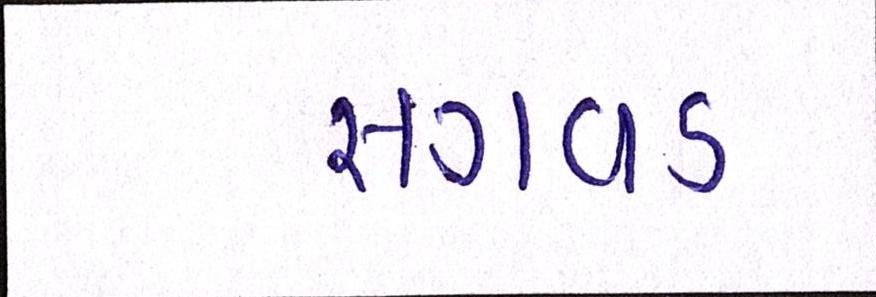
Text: સગવડ